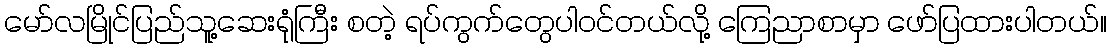
မော်လမြိုင်ပြည်သူ့ဆေးရုံကြီး စတဲ့ ရပ်ကွက်တွေပါဝင်တယ်လို့ ကြေညာစာမှာ ဖော်ပြထားပါတယ်။